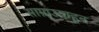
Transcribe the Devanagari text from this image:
साम्राज्याहून